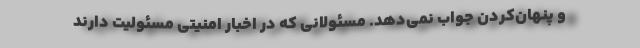
و پنهان‌کردن جواب نمی‌دهد. مسئولانی که در اخبار امنیتی مسئولیت دارند